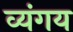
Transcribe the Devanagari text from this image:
व्यंगय